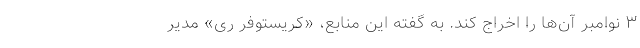
۳ نوامبر آن‌ها را اخراج کند. به گفته این منابع، «کریستوفر رِی» مدیر